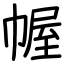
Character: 幄